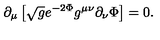
\partial _ { \mu } \left[ \sqrt { g } e ^ { - 2 \Phi } g ^ { \mu \nu } \partial _ { \nu } \Phi \right] = 0 .